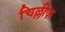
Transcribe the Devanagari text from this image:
चिल्लीज़